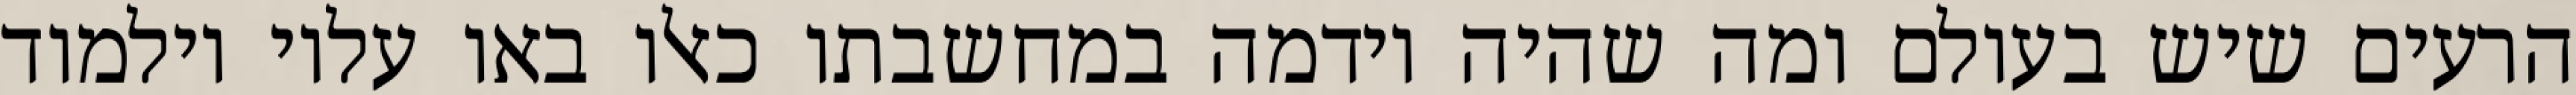
הרעים שיש בעולם ומה שהיה וידמה במחשבתו כאלו באו עליו וילמוד